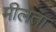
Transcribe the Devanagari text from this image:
मीलता